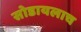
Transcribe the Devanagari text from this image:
सोडायलाच